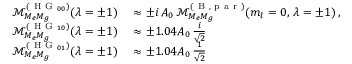
\begin{array} { r l } { \mathcal { M } _ { M _ { e } M _ { g } } ^ { ( \mathrm { ~ H ~ G ~ } _ { 0 0 } ) } ( \lambda = \pm 1 ) } & { { } \approx \pm i \, A _ { 0 } \, \mathcal { M } _ { M _ { e } M _ { g } } ^ { ( \mathrm { ~ B ~ , ~ p ~ a ~ r ~ } ) } ( m _ { l } = 0 , \, \lambda = \pm 1 ) \, , } \\ { \mathcal { M } _ { M _ { e } M _ { g } } ^ { ( \mathrm { ~ H ~ G ~ } _ { 1 0 } ) } ( \lambda = \pm 1 ) } & { { } \approx \pm 1 . 0 4 A _ { 0 } \, \frac { i } { \sqrt { 2 } } } \\ { \mathcal { M } _ { M _ { e } M _ { g } } ^ { ( \mathrm { ~ H ~ G ~ } _ { 0 1 } ) } ( \lambda = \pm 1 ) } & { { } \approx \pm 1 . 0 4 A _ { 0 } \, \frac { 1 } { \sqrt { 2 } } } \end{array}